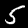
Label: 5